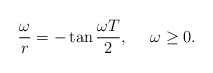
\begin{align*} \frac{\omega}{r}=-\tan\frac{\omega T}{2}, \ \ \ \ \omega \ge 0.\end{align*}